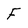
Character: F